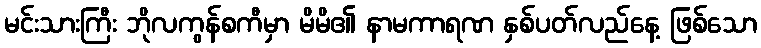
မင်းသားကြီး ဘိုလကွန်စကီမှာ မိမိ၏ နာမကာရဏ နှစ်ပတ်လည်နေ့ ဖြစ်သော